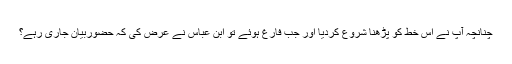
چنانچہ آپ نے اس خط کو پڑھنا شروع کردیا اور جب فارغ ہوئے تو ابن عباس نے عرض کی کہ حضوربیان جاری رہے؟